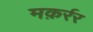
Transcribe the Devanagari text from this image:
मक़र्रर